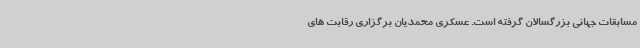
مسابقات جهانی بزرگسالان گرفته است. عسکری محمدیان برگزاری رقابت های